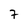
Character: 7